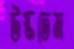
উস্‌কতেম